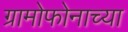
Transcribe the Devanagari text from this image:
ग्रामोफोनाच्या